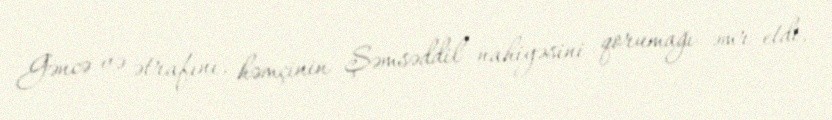
Gəncə və ətrafını, həmçinin Şəmsəddil nahiyəsini qorumağı əmr etdi.